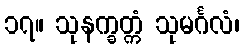
၁၇။ သုနက္ခတ္ကံ သုမင်္ဂလံ၊